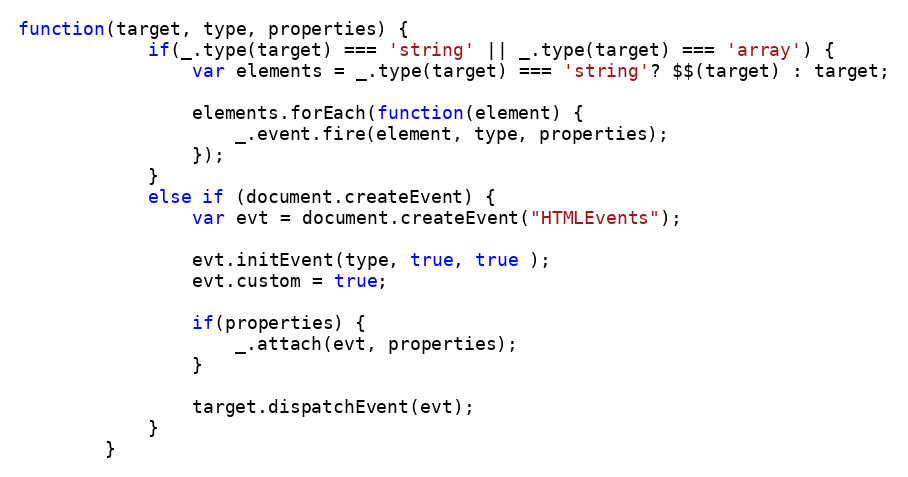
Language: JavaScript
function(target, type, properties) {
			if(_.type(target) === 'string' || _.type(target) === 'array') {
				var elements = _.type(target) === 'string'? $$(target) : target;

				elements.forEach(function(element) {
					_.event.fire(element, type, properties);
				});
			}
			else if (document.createEvent) {
				var evt = document.createEvent("HTMLEvents");

				evt.initEvent(type, true, true );
				evt.custom = true;

				if(properties) {
					_.attach(evt, properties);
				}

				target.dispatchEvent(evt);
			}
		}